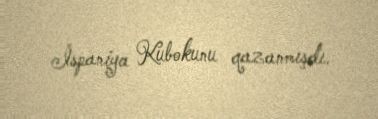
İspaniya Kubokunu qazanmışdı.